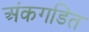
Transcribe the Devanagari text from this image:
अंकगडित